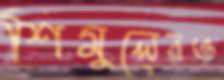
শিমুলেরও